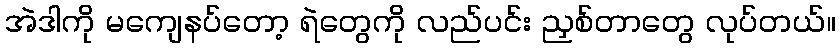
အဲဒါကို မကျေနပ်တော့ ရဲတွေကို လည်ပင်း ညှစ်တာတွေ လုပ်တယ်။